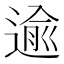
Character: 逾